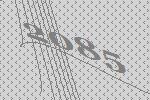
2085